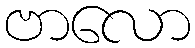
ဗာလော